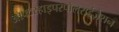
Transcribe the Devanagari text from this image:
आफ्टरहाइपरपोलराईज़ेशन